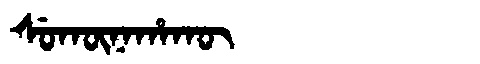
Manchu: ᠰᡠᡴᡡᠨᠠᡥᠠᡴᡡ
Romanization: SUKŪNAHAKŪ